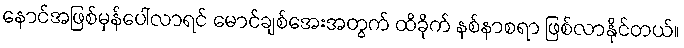
နောင်အဖြစ်မှန်ပေါ်လာရင် မောင်ချစ်အေးအတွက် ထိခိုက် နစ်နာစရာ ဖြစ်လာနိုင်တယ်။